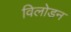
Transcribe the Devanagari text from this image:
विलोडन